Reports on dispensaries and lunatic asylums in the Province of Oudh - 1869-1876
Year: 1869
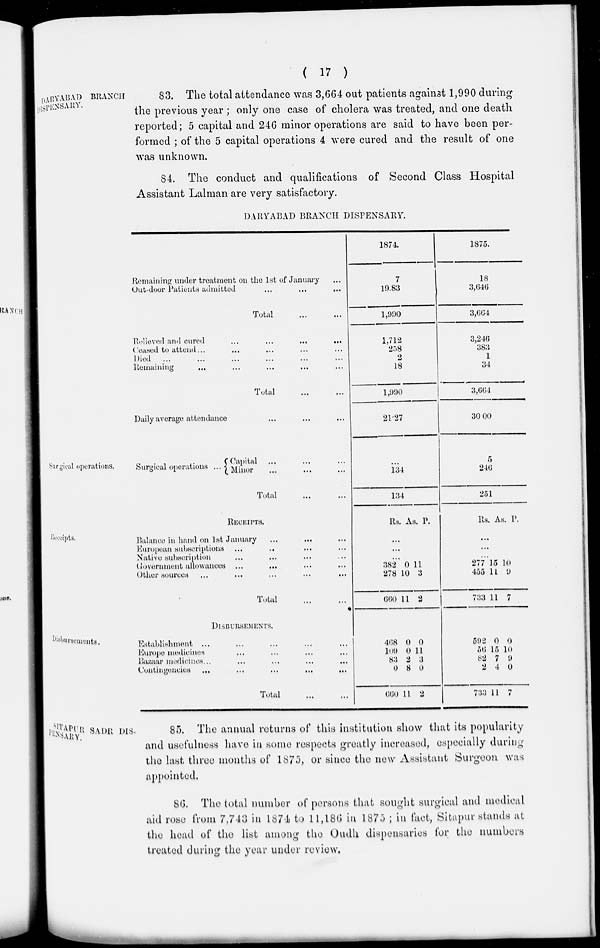
( 17 )
DARYABAD BRANCH
DISPENSARY.
83. The total attendance was 3,664 out patients against 1,990 during
the previous year; only one case of cholera was treated, and one death
reported; 5 capital and 246 minor operations are said to have been per-
formed ; of the 5 capital operations 4 were cured and the result of one
was unknown.
84. The conduct and qualifications of Second Class Hospital
Assistant Lalman are very satisfactory.
DARYABAD BRANCH DISPENSARY.
Remaining under treatment on the 1st of January ...
Out-door Patients admitted
...
...
...
Total
Relieved and cured
...
...
...
...
Ceased to attend ... ... ... ... ...
Died
... ... ... ... ...
Remaining ... ... ... ... ...
Total ... ...
Daily average attendance ... ... ... ...
1874.
7
10.83
1,990
1,712
258
2
18
1,990
21.27
1875.
18
3,646
3,664
3,246
383
1
34
3,664
30.00
Surgical operations.
Surgical operations ...
Capital ... ... ...
Minor ... ... ...
Total
...
134
134
5
246
251
Receipts.
RECEIPTS.
Balance in hand on 1st January ... ... ...
European subscriptions ... ... ... ...
Native subscription ... ... ... ...
Government allowances ... ... ... ...
Other sources
...
...
...
...
...
Total ... ...
Rs As. P.
...
...
...
382
278
660
0
10
11
11
3
2
Rs. As. P.
...
...
...
277
455
733
15
11
11
10
9
7
Disbursements.
DISBURSEMENTS.
Establishment ... ... ... ... ...
Europe medicines ... ... ... ...
Bazaar medicines ... ... ... ... ...
Contingencies
...
...
...
...
Total
...
...
468
109
83
0
660
0
0
2
8
11
0
11
3
0
2
592
56
82
2
733
0
15
7
4
11
0
10
9
0
7
SITAPUR SADR DIS-
PENSARY.
85. The annual returns of this institution show that its popularity
and usefulness have in some respects greatly increased, especially during
the last three months of 1875, or since the new Assistant Surgeon was
appointed.
86. The total number of persons that sought surgical and medical
aid rose from 7,743 in 1874 to 11,186 in 1875 ; in fact, Sitapur stands at
the head of the list among the Oudh dispensaries for the numbers
treated during the year under review.